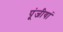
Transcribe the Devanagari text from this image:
पूंजीयां